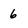
Character: 6